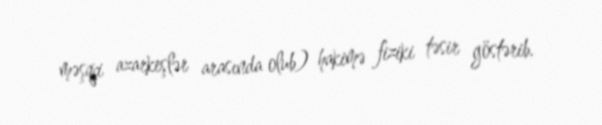
məşqçi azarkeşlər arasında olub) hakimə fiziki təsir göstərib.